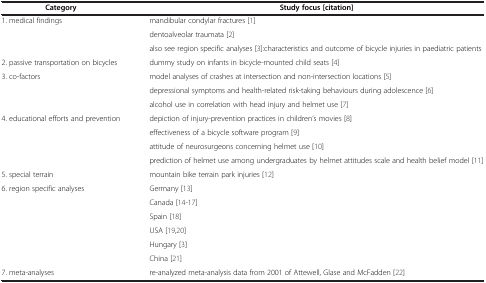
<table><thead><tr><td><b>Category</b></td><td><b>Study focus [citation]</b></td></tr></thead><tbody><tr><td>1. medical findings</td><td>mandibular condylar fractures [1]</td></tr><tr><td> </td><td>dentoalveolar traumata [2]</td></tr><tr><td> </td><td>also see region specific analyses [3]:characteristics and outcome of bicycle injuries in paediatric patients</td></tr><tr><td>2. passive transportation on bicycles</td><td>dummy study on infants in bicycle-mounted child seats [4]</td></tr><tr><td>3. co-factors</td><td>model analyses of crashes at intersection and non-intersection locations [5]</td></tr><tr><td> </td><td>depressional symptoms and health-related risk-taking behaviours during adolescence [6]</td></tr><tr><td> </td><td>alcohol use in correlation with head injury and helmet use [7]</td></tr><tr><td>4. educational efforts and prevention</td><td>depiction of injury-prevention practices in children’s movies [8]</td></tr><tr><td> </td><td>effectiveness of a bicycle software program [9]</td></tr><tr><td> </td><td>attitude of neurosurgeons concerning helmet use [10]</td></tr><tr><td> </td><td>prediction of helmet use among undergraduates by helmet attitudes scale and health belief model [11]</td></tr><tr><td>5. special terrain</td><td>mountain bike terrain park injuries [12]</td></tr><tr><td>6. region specific analyses</td><td>Germany [13]</td></tr><tr><td> </td><td>Canada [14-17]</td></tr><tr><td> </td><td>Spain [18]</td></tr><tr><td> </td><td>USA [19,20]</td></tr><tr><td> </td><td>Hungary [3]</td></tr><tr><td> </td><td>China [21]</td></tr><tr><td>7. meta-analyses</td><td>re-analyzed meta-analysis data from 2001 of Attewell, Glase and McFadden [22]</td></tr></tbody></table>